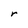
Character: r